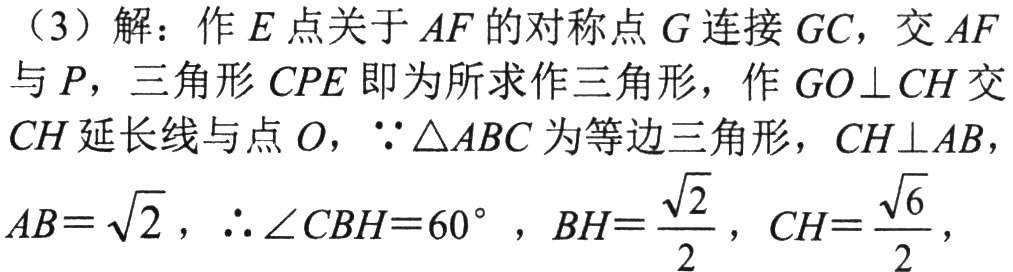
（3）解：作\(E\)点关于\(AF\)的对称点\(G\)连接\(GC\)，交\(AF\)与\(P\)，三角形\(CPE\)即为所求作三角形，作\(GO\perp CH\)交\(CH\)延长线与点\(O\)，\(\because\triangle ABC\)为等边三角形，\(CH\perp AB\)，
\(AB = \sqrt{2}\)，\(\therefore \angle CBH = 60^{\circ}\)，\(BH=\frac{\sqrt{2}}{2}\)，\(CH=\frac{\sqrt{6}}{2}\)，